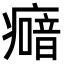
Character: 𤺵